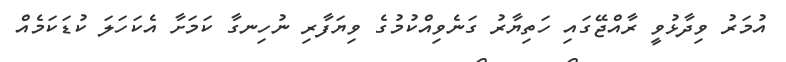
އުމަރު ވިދާޅުވީ ރާއްޖޭގައި ހަތިޔާރު ގަނެވިއްކުމުގެ ވިޔަފާރި ނުހިނގާ ކަމަށާ އެކަހަލަ ކުޑަކަމެއް